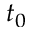
t _ { 0 }